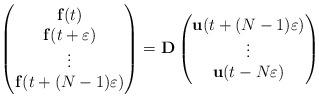
LaTeX: \begin{align*}\begin{pmatrix}\mathbf{f}(t)\\\mathbf{f}(t+\varepsilon)\\\vdots\\\mathbf{f}(t+(N-1)\varepsilon)\end{pmatrix}=\mathbf{D}\begin{pmatrix}\mathbf{u}(t+(N-1)\varepsilon)\\\vdots\\\mathbf{u}(t-N\varepsilon)\end{pmatrix} \end{align*}